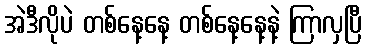
အဲဒီလိုပဲ တစ်နေ့နေ့ တစ်နေ့နေ့နဲ့ ကြာလှပြီ